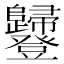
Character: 𧰥